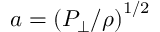
a = \left( P _ { \perp } / \rho \right) ^ { 1 / 2 }